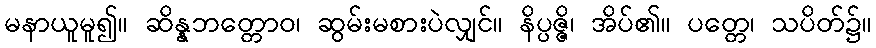
မနာယူမူ၍။ ဆိန္နဘတ္တောဝ၊ ဆွမ်းမစားပဲလျှင်။ နိပ္ပဇ္ဇိ၊ အိပ်၏။ ပတ္တေ၊ သပိတ်၌။